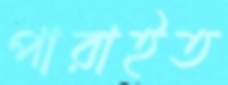
পারাইত